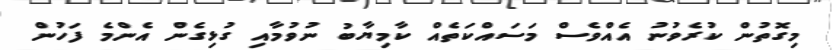
މިގޮތުން ކުރެވުނު އެއްވެސް މަސައްކަތެއް ކާމިޔާބު ނުވުމާއި ގުޅިގެން އެންމެ ފަހުން